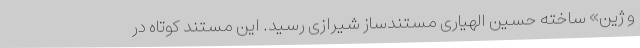
و ژین» ساخته حسین الهیاری مستندساز شیرازی رسید. این مستند کوتاه در